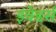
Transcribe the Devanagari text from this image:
इंवेडर्स